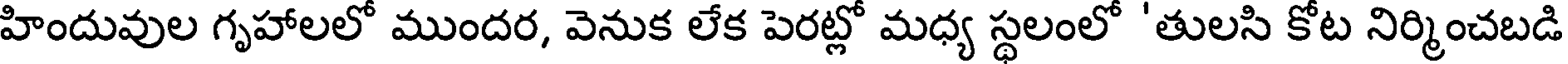
హిందువుల గృహాలలో ముందర, వెనుక లేక పెరట్లో మధ్య స్థలంలో 'తులసి కోట నిర్మించబడి